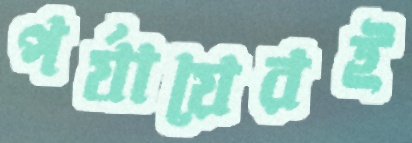
পর্যায়েরই